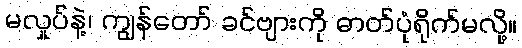
မလှုပ်နဲ့၊ ကျွန်တော် ခင်ဗျားကို ဓာတ်ပုံရိုက်မလို့။